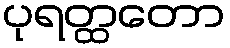
ပုရတ္ထတော